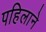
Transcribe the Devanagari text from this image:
पहिलाने